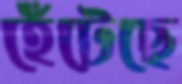
হেঁটেছে